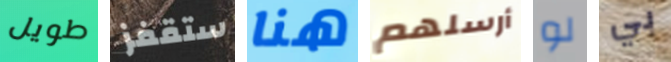
طويل ستقفز هنا أرسلهم لو بي